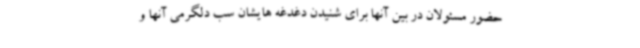
حضور مسئولان در بین آنها برای شنیدن دغدغه هایشان سب دلگرمی آنها و